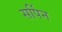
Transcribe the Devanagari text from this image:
सर्पिन